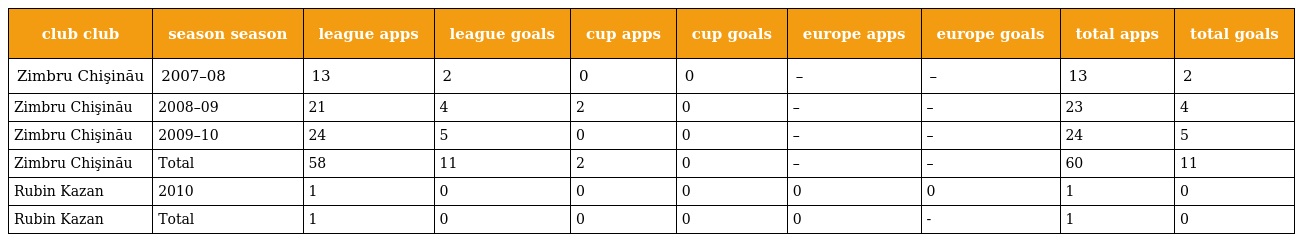
| club club | season season | league apps | league goals | cup apps | cup goals | europe apps | europe goals | total apps | total goals |
 | --- | --- | --- | --- | --- | --- | --- | --- | --- | --- |
 | Zimbru Chişinău | 2007–08 | 13 | 2 | 0 | 0 | – | – | 13 | 2 |
 | Zimbru Chişinău | 2008–09 | 21 | 4 | 2 | 0 | – | – | 23 | 4 |
 | Zimbru Chişinău | 2009–10 | 24 | 5 | 0 | 0 | – | – | 24 | 5 |
 | Zimbru Chişinău | Total | 58 | 11 | 2 | 0 | – | – | 60 | 11 |
 | Rubin Kazan | 2010 | 1 | 0 | 0 | 0 | 0 | 0 | 1 | 0 |
 | Rubin Kazan | Total | 1 | 0 | 0 | 0 | 0 | - | 1 | 0 |